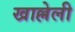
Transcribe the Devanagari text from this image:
खाल्लेली